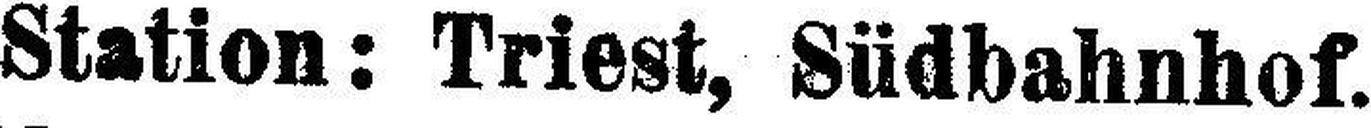
Station: Triest, Südbahnhof.